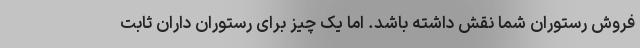
فروش رستوران شما نقش داشته باشد. اما یک چیز برای رستوران داران ثابت